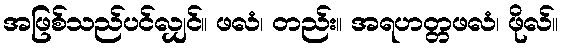
အဖြစ်သည်ပင်လျှင်။ ဖလံ၊ တည်း။ အရဟတ္တဖလံ၊ ဖိုလ်။